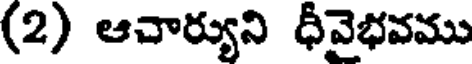
(2) ఆచార్యుని ధీవైభవము